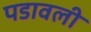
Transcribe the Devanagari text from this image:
पडावली